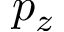
p _ { z }